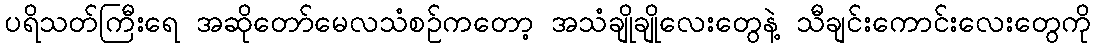
ပရိသတ်ကြီးရေ အဆိုတော်မေလသံစဉ်ကတော့ အသံချိုချိုလေးတွေနဲ့ သီချင်းကောင်းလေးတွေကို